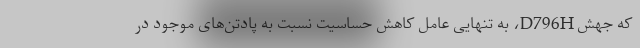
که جهش D796H، به تنهایی عامل کاهش حساسیت نسبت به پادتن‌های موجود در